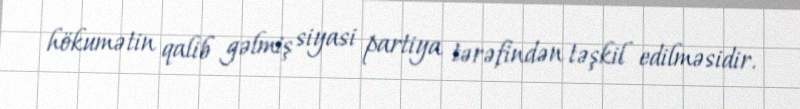
hökumətin qalib gəlmiş siyasi partiya tərəfindən təşkil edilməsidir.